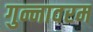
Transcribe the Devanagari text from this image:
गुन्नावरम